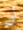
لن